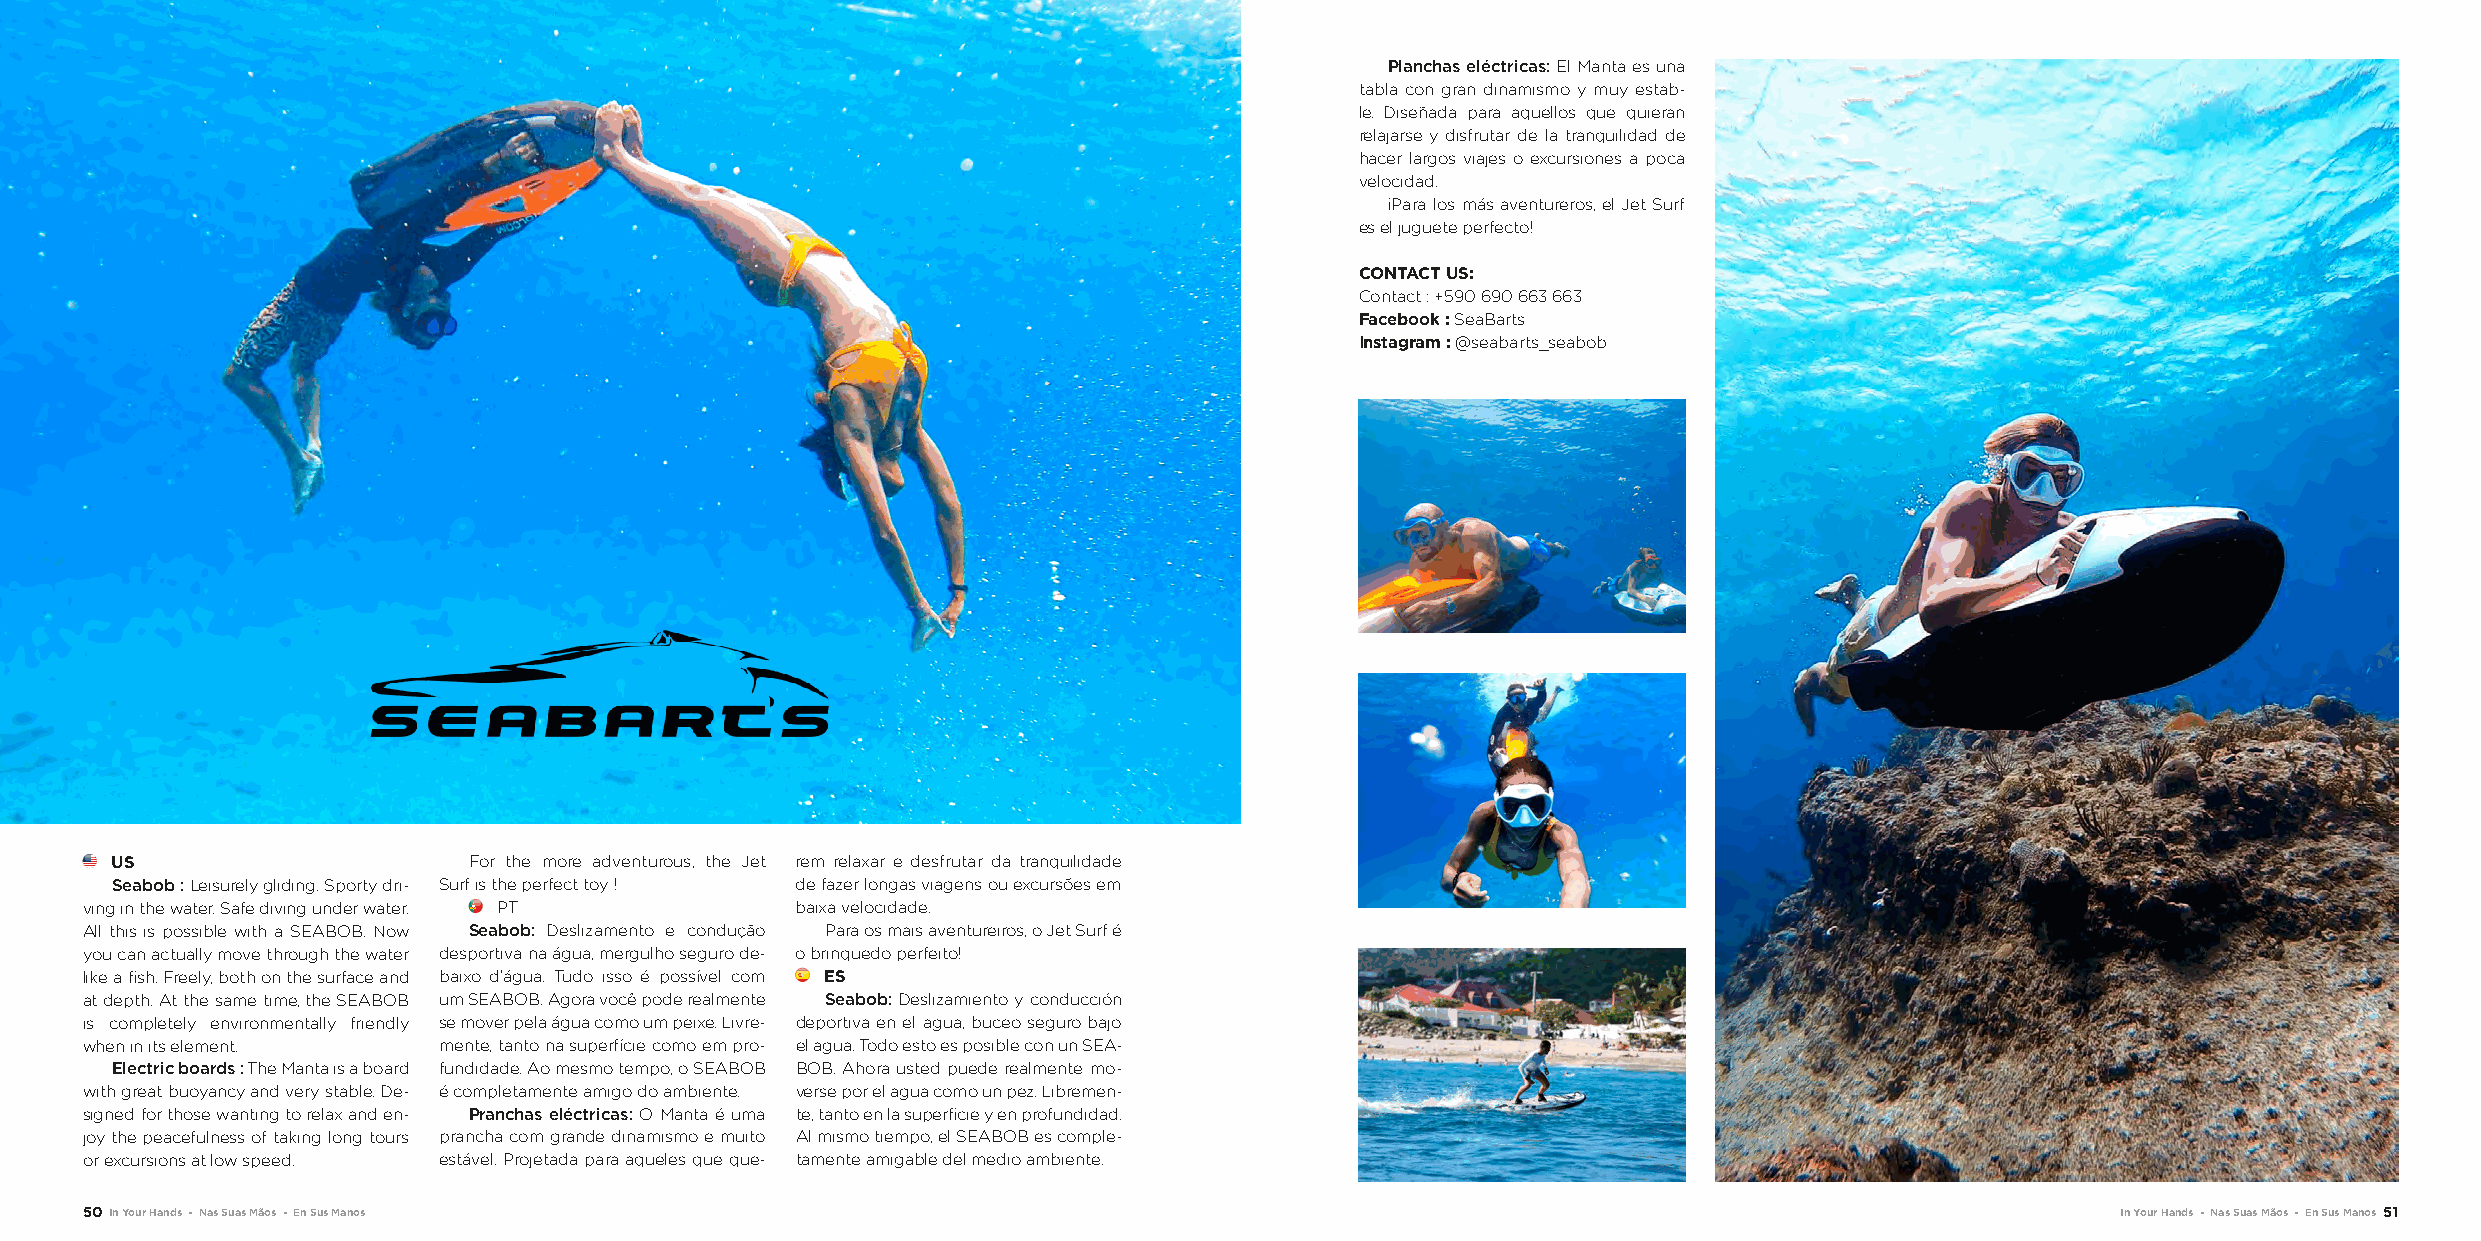
Planchas eléctricas: El Manta es una
 tabla con gran dinamismo y muy estab-
 le. Diseñada para aquellos que quieran
 relajarse y disfrutar de la tranquilidad de
 hacer largos viajes o excursiones a poca
 velocidad.
 ¡Para los más aventureros, el Jet Surf
 es el juguete perfecto!
 CONTACT US:
 Contact : +590 690 663 663
 Facebook : SeaBarts
 Instagram : @seabarts_seabob
 US                      For the more adventurous, the Jet rem relaxar e desfrutar da tranquilidade
 Seabob : Leisurely gliding. Sporty dri- Surf is the perfect toy ! de fazer longas viagens ou excursões em
 ving in the water. Safe diving under water. PT  baixa velocidade.
 All this is possible with a SEABOB. Now Seabob: Deslizamento e condução Para os mais aventureiros, o Jet Surf é
 you can actually move through the water desportiva na água, mergulho seguro de- o brinquedo perfeito!
 like a fish. Freely, both on the surface and baixo d’água. Tudo isso é possível com ES
 at depth. At the same time, the SEABOB um SEABOB. Agora você pode realmente Seabob: Deslizamiento y conducción
 is completely environmentally friendly se mover pela água como um peixe. Livre- deportiva en el agua, buceo seguro bajo
 when in its element.    mente, tanto na superfície como em pro- el agua. Todo esto es posible con un SEA-
 Electric boards : The Manta is a board fundidade. Ao mesmo tempo, o SEABOB BOB. Ahora usted puede realmente mo-
 with great buoyancy and very stable. De- é completamente amigo do ambiente. verse por el agua como un pez. Libremen-
 signed for those wanting to relax and en- Pranchas eléctricas: O Manta é uma te, tanto en la superficie y en profundidad.
 joy the peacefulness of taking long tours prancha com grande dinamismo e muito Al mismo tiempo, el SEABOB es comple-
 or excursions at low speed. estável. Projetada para aqueles que que- tamente amigable del medio ambiente.
 50 In Your Hands - Nas Suas Mãos - En Sus Manos                                                                                        In Your Hands - Nas Suas Mãos - En Sus Manos 51